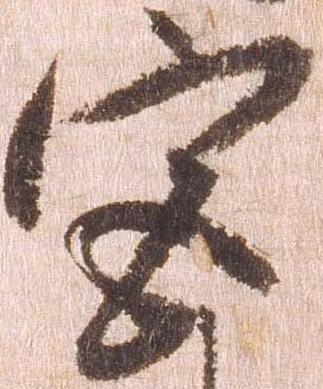
宮